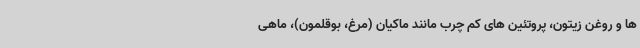
ها و روغن زیتون، پروتئین های کم چرب مانند ماکیان (مرغ، بوقلمون)، ماهی